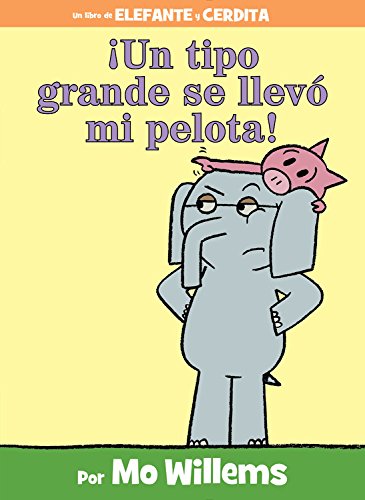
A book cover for Â¡Un tipo grande se llevÃ³ mi pelota! (Spanish Edition) (An Elephant and Piggie Book); Mo Willems; Children's Books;